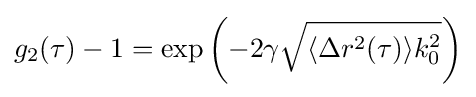
g_{2}(\tau )-1=\exp \left(-2\gamma {\sqrt {\langle \Delta r^{2}(\tau )\rangle k_{0}^{2}}}\right)